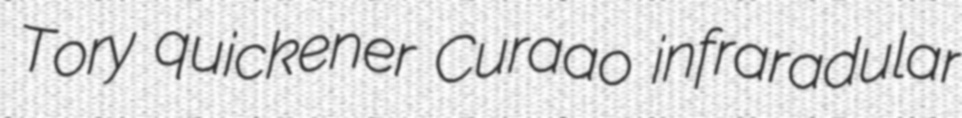
Tory quickener Curaao infraradular